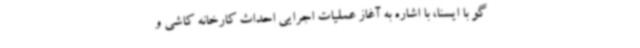
گو با ایسنا، با اشاره به آغاز عملیات اجرایی احداث کارخانه کاشی و